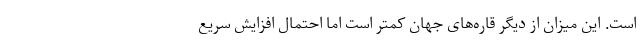
است. این میزان از دیگر قاره‌های جهان کمتر است اما احتمال افزایش سریع